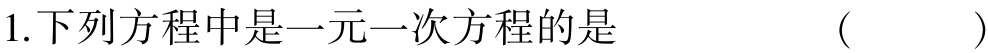
1.下列方程中是一元一次方程的是  ( )